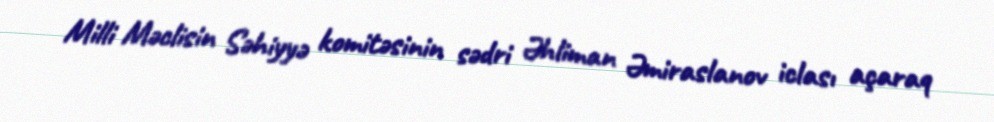
Milli Məclisin Səhiyyə komitəsinin sədri Əhliman Əmiraslanov iclası açaraq